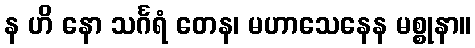
န ဟိ နော သင်္ဂရံ တေန၊ မဟာသေနေန မစ္စုနာ။